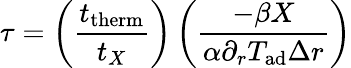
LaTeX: \tau=\left(\frac{t_{\mathrm{therm}}}{t_{X}}\right)\left(\frac{-\beta X}{\alpha\partial_{r}T_{\mathrm{ad}}\Delta r}\right)